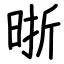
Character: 晣